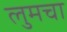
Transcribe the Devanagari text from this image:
लुमचा